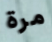
مرة